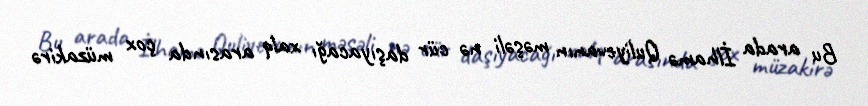
Bu arada İlhamə Quliyevanın məşəli nə cür daşıyacağı xalq arasında çox müzakirə